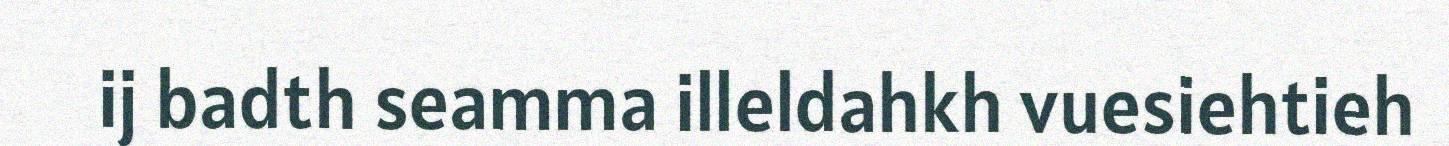
ij badth seamma illeldahkh vuesiehtieh